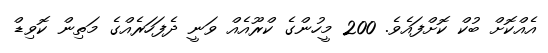
އެއްކޮށް ބުކް ކޮށްފައެވެ. 200 މީހުންގެ ކްރޫއެއް ވަނީ ދެފަހަރެއްގެ މަތިން ކޮވިޑް